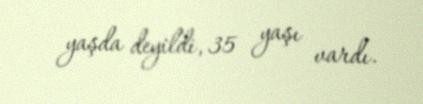
yaşda deyildi, 35 yaşı vardı.